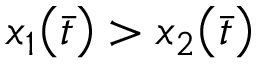
x _ { 1 } \big ( \Bar { t } \big ) > x _ { 2 } \big ( \Bar { t } \big )